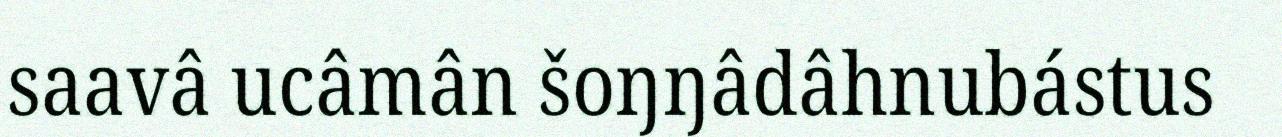
saavâ ucâmân šoŋŋâdâhnubástus